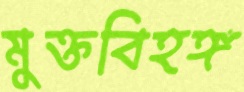
মুক্তবিহঙ্গ